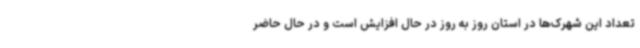
تعداد این شهرک‌ها در استان روز به روز در حال افزایش است و در حال حاضر